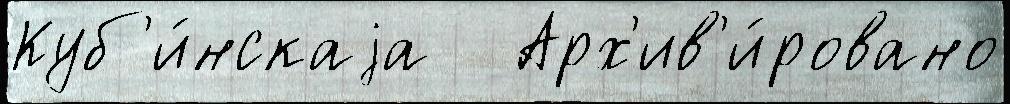
Куб'и́нскаjа   Арх'ив'и́ровано